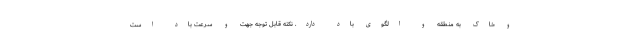
و خاک به منطقه و الگوی باد دارد. نکته قابل توجه جهت و سرعت باد است